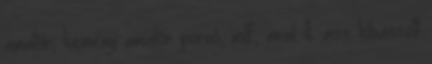
amatőr, kemény amatőr pornó, milf, anal & ass kibaszott